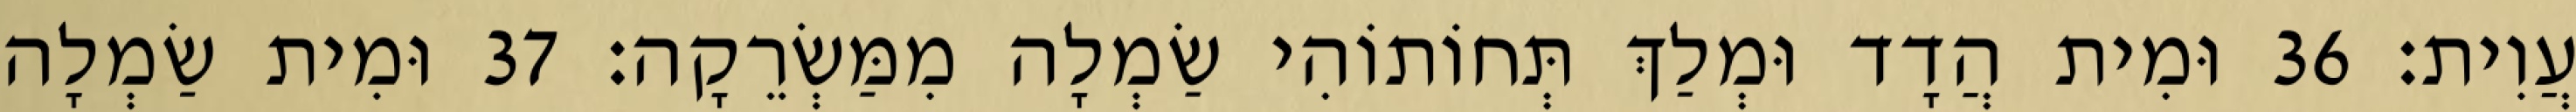
עֲוִית׃ 36 וּמִית הֲדָד וּמְלַךְ תְּחוֹתוֹהִי שַׂמְלָה מִמַּשְׂרֵקָה׃ 37 וּמִית שַׂמְלָה